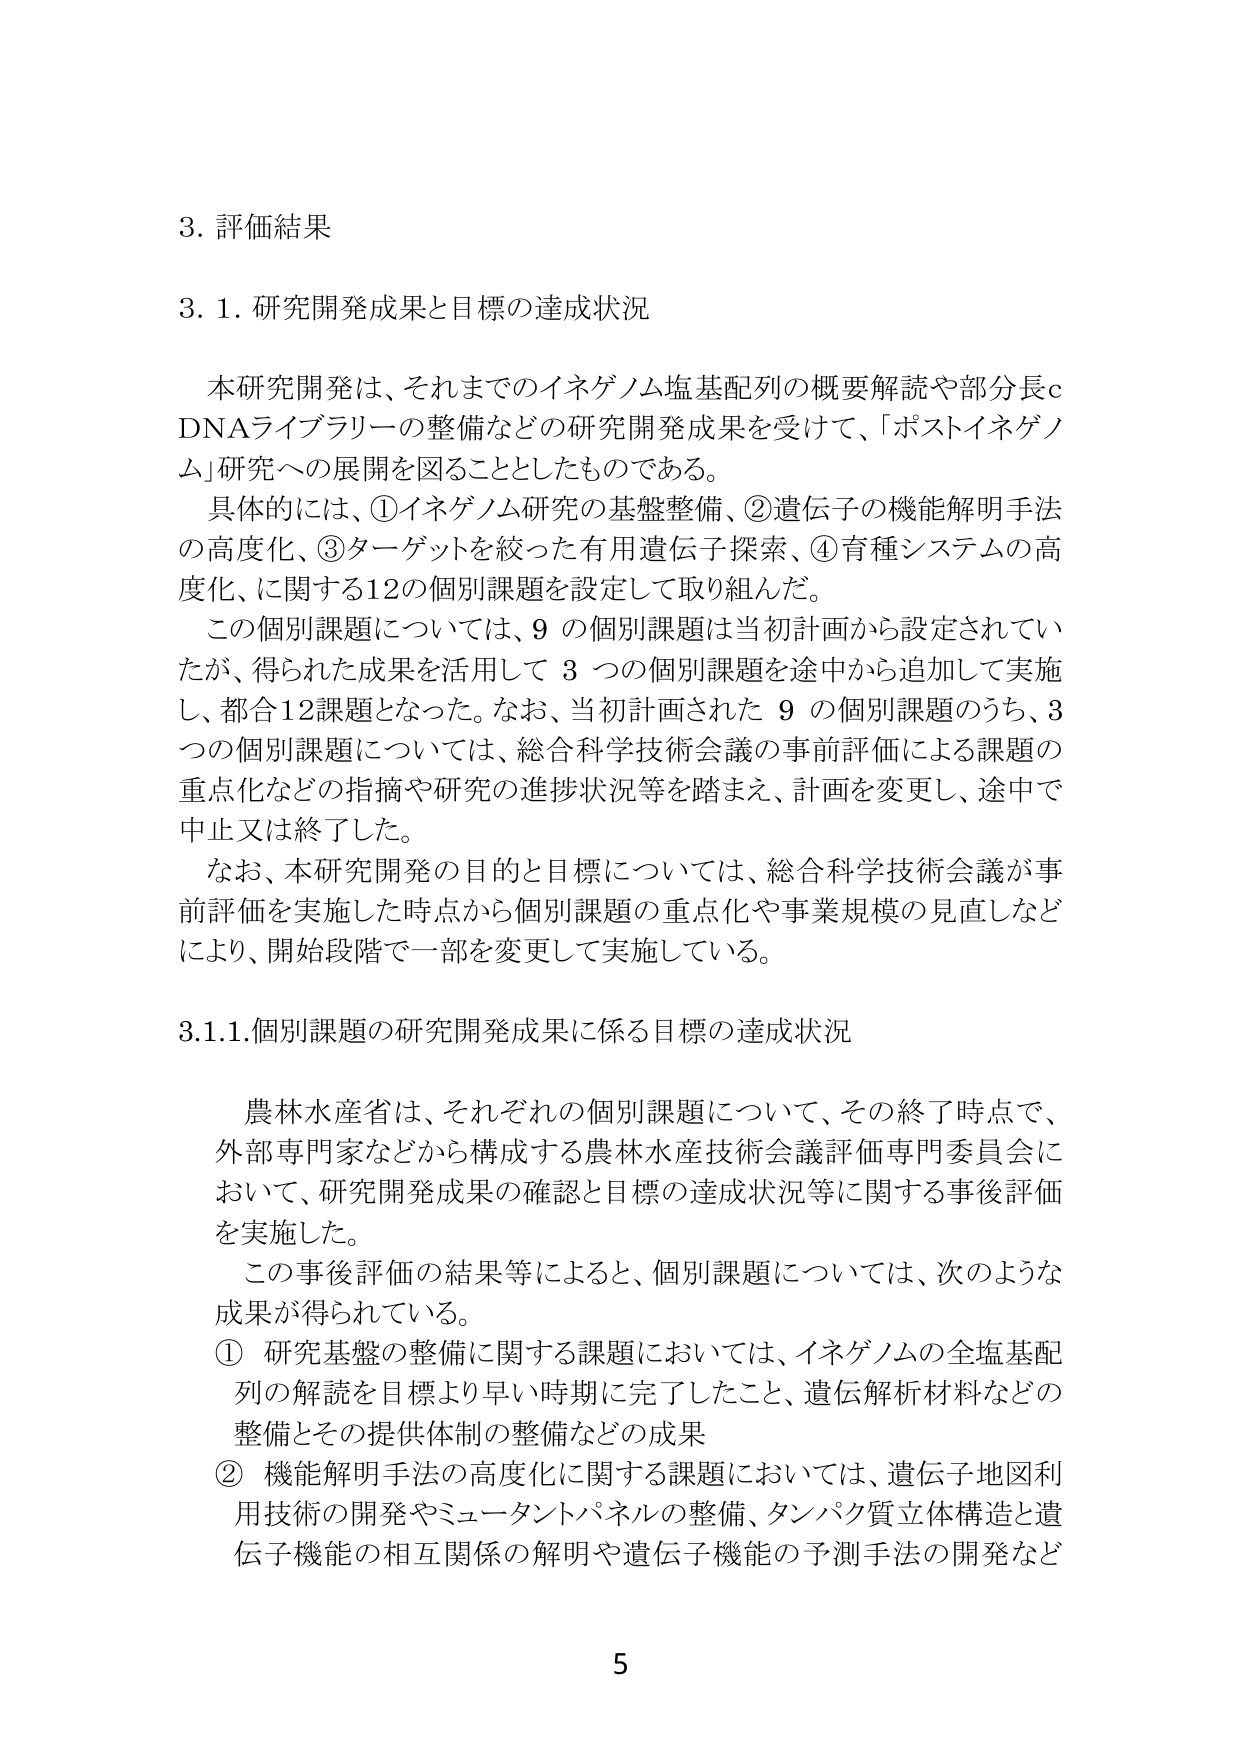
3. 評価結果

3.1. 研究開発成果と目標の達成状況

本研究開発は、それまでのイネゲノム塩基配列の概要解読や部分長cDNAライブラリーの整備などの研究開発成果を受けて、「ポストイネゲノム」研究への展開を図ることとしたものである。

具体的には、①イネゲノム研究の基盤整備、②遺伝子の機能解明手法の高度化、③ターゲットを絞った有用遺伝子探索、④育種システムの高度化、に関する12の個別課題を設定して取り組んだ。

この個別課題については、9の個別課題は当初計画から設定されていたが、得られた成果を活用して3つの個別課題を途中から追加して実施し、都合12課題となった。なお、当初計画された9の個別課題のうち、3つの個別課題については、総合科学技術会議の事前評価による課題の重点化などの指摘や研究の進捗状況等を踏まえ、計画を変更し、途中で中止又は終了した。

なお、本研究開発の目的と目標については、総合科学技術会議が事前評価を実施した時点から個別課題の重点化や事業規模の見直しなどにより、開始段階で一部を変更して実施している。

3.1.1. 個別課題の研究開発成果に係る目標の達成状況

農林水産省は、それぞれの個別課題について、その終了時点で、外部専門家などから構成する農林水産技術会議評価専門委員会において、研究開発成果の確認と目標の達成状況等に関する事後評価を実施した。

この事後評価の結果等によると、個別課題については、次のような成果が得られている。

① 研究基盤の整備に関する課題においては、イネゲノムの全塩基配列の解読を目標より早い時期に完了したこと、遺伝解析材料などの整備とその提供体制の整備などの成果

② 機能解明手法の高度化に関する課題においては、遺伝子地図利用技術の開発やミュータントパネルの整備、タンパク質立体構造と遺伝子機能の相互関係の解明や遺伝子機能の予測手法の開発など

5